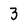
Character: 3